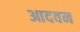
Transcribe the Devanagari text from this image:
आदवन